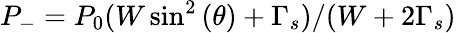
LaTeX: P_{-}=P_{0}(W\sin^{2}{(\theta)}+\Gamma_{s})/(W+2\Gamma_{s})